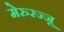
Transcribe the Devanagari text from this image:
मेरुरज्जू